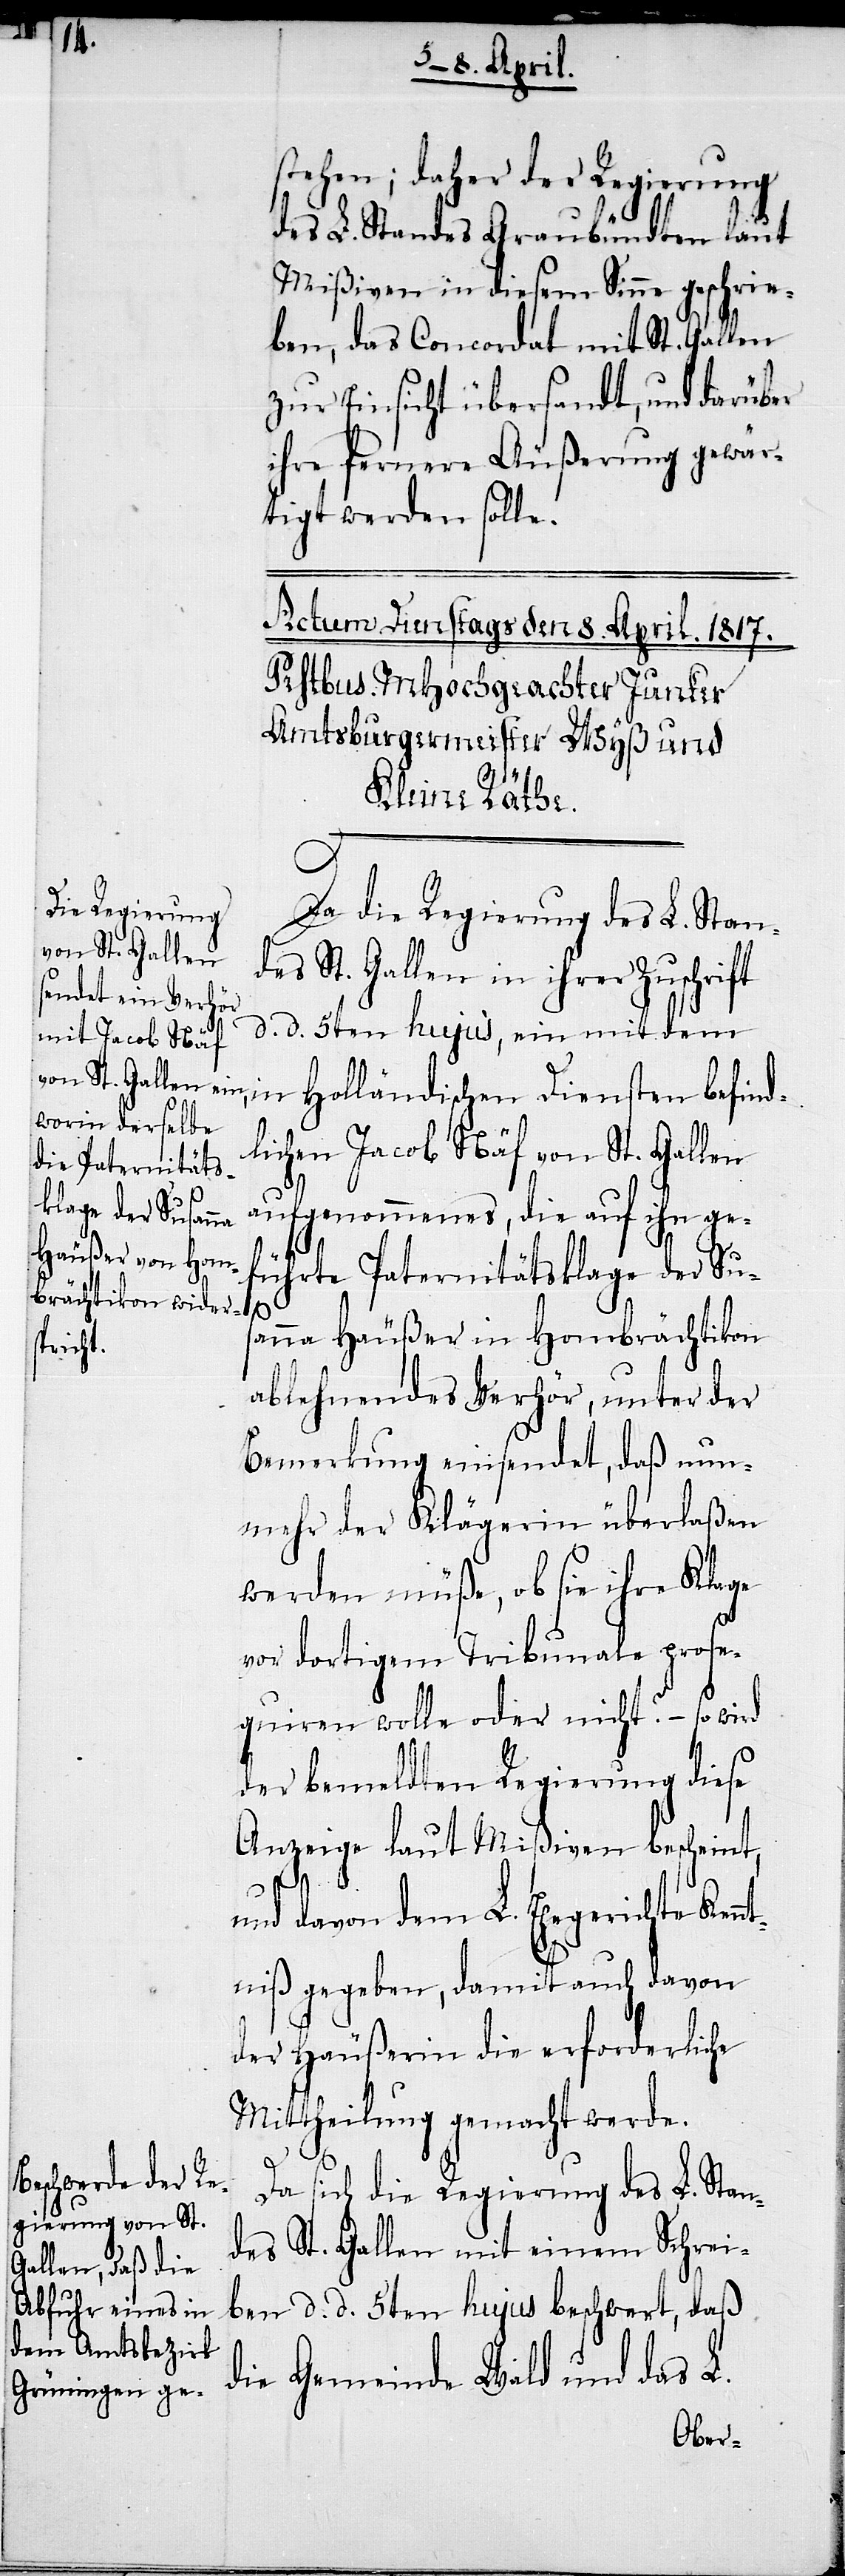
stehen; daher der Regierung
des L. Standes Graubündten laut
Mißiven in diesem Sinne geschrie¬
ben, das Concordat mit St. Gallen
zur Einsicht übersandt, und darüber
ihre fernere Äußerung gewär¬
tigt werden solle.
Da die Regierung des L. Stan¬
des St. Gallen in ihrer Zuschrift
d. d. 5ten hujus, ein mit dem
in Holländischen Diensten befind¬
lichen Jacob Näf von St. Gallen
aufgenommenes, die auf ihn ge¬
führte Paternitätsklage der Sus¬
anna Häußer in Hombrächtikon
ablehnendes Verhör, unter der
Bemerkung einsendet, daß nun¬
mehr der Klägerin überlaßen
werden müße, ob sie ihre Klage
vor dortigem Tribunale prose¬
quiren wolle oder nicht? – so wird
der bemeldten Regierung diese
Anzeige laut Mißiven bescheint,
und davon dem L. Ehegerichte Ken¬
ntniß gegeben, damit auch davon
der Häußerin die erforderliche
Mittheilung gemacht werde.
Da sich die Regierung des L. Stan¬
des St. Gallen mit einem Schrei¬
ben d. d. 5ten hujus beschwert, daß
die Gemeinde Wald und das L.